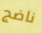
ناضج